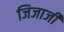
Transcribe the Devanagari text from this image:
जिजाजी